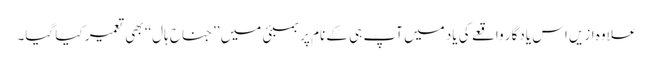
علاوہ ازیں اس یادگار واقعے کی یاد میں آپ ہی کے نام پر بمبئی میں ’’جناح ہال‘‘ بھی تعمیر کیا گیا۔